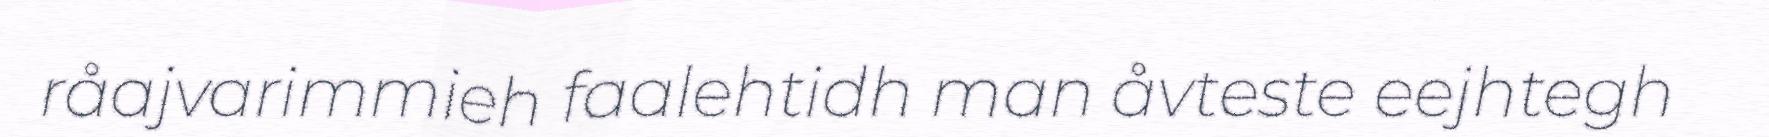
råajvarimmieh faalehtidh man åvteste eejhtegh